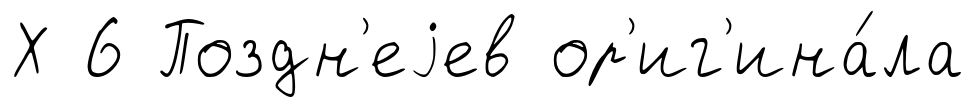
Х 6 Поздн'еjев ор'иг'ина́ла